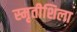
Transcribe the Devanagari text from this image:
स्मृतीशिला